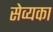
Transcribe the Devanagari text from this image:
सेव्यका